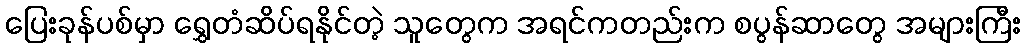
ပြေးခုန်ပစ်မှာ ရွှေတံဆိပ်ရနိုင်တဲ့ သူတွေက အရင်ကတည်းက စပွန်ဆာတွေ အများကြီး